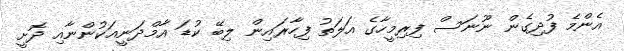
އެންމެ ފުދިގެން ނޫނަސް ފިރިމީހާގެ އަލަތު ފިހާރައިން ލިބޭ ކުޑަ އާމްދަނީއަކުންނާއި ދޮށީ